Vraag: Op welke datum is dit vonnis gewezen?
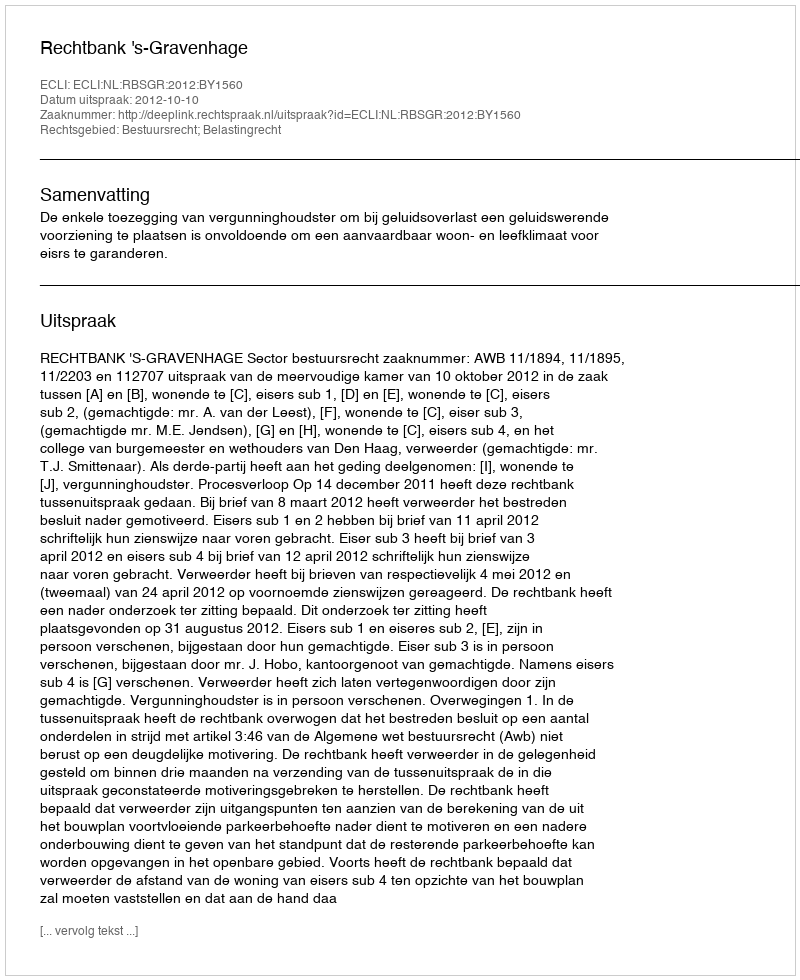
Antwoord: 2012-10-10